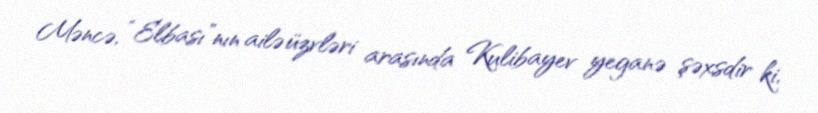
Məncə, “Elbası”nın ailə üzvləri arasında Kulibayev yeganə şəxsdir ki,